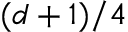
( d + 1 ) / 4